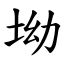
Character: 坳